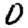
Digit: 0